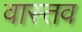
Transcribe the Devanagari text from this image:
वास्तव